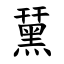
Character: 䵤